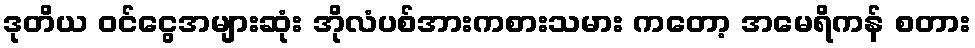
ဒုတိယ ဝင်ငွေအများဆုံး အိုလံပစ်အားကစားသမား ကတော့ အမေရိကန် စတား